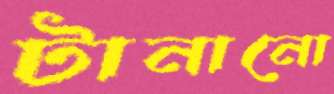
টানানো